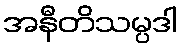
အနီတိသမ္ပဒါ